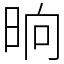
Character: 晌